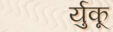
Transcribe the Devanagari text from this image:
र्युकू